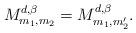
LaTeX: \begin{align*}M_{m_{1},m_{2}}^{ d,\beta}=M_{m_{1},m_{2}'}^{ d,\beta}.\end{align*}